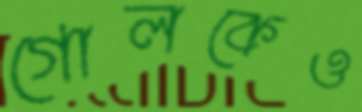
গোলকেও